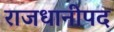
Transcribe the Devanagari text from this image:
राजधानीपद